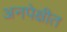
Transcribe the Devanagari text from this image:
अनपेक्षीत